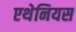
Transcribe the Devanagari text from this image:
एथेनियस